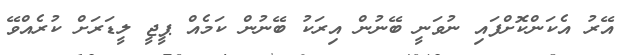
އޭރު އެކަންކޮށްފައި ނުވަނީ ބޭނުން އިރަކު ބޭނުން ކަމެއް ޕީޖީ ލީޑަރަށް ކުރެއްވޭ